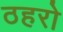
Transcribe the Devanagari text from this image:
ठहरो